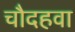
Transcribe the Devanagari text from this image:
चौदहवा